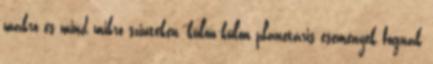
makro és mind mikro szinteken, külön-külön planetáris események fognak